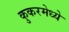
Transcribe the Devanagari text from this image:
कुकरमेध्ये